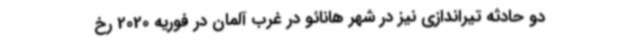
دو حادثه تیراندازی نیز در شهر هانائو در غرب آلمان در فوریه 2020 رخ